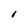
Character: I